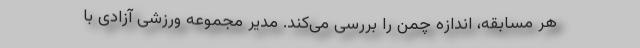
هر مسابقه، اندازه چمن را بررسی می‌کند. مدیر مجموعه ورزشی آزادی با